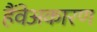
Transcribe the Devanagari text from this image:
हैंवेअकारण